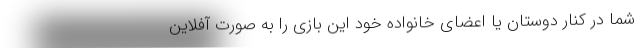
شما در کنار دوستان یا اعضای خانواده خود این بازی را به صورت آفلاین